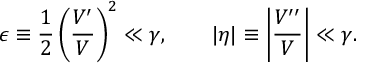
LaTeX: \epsilon \equiv \frac { 1 } { 2 } \left( \frac { V ^ { \prime } } { V } \right) ^ { 2 } \ll \gamma , \qquad | \eta | \equiv \left| \frac { V ^ { \prime \prime } } { V } \right| \ll \gamma .